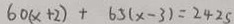
6 0 ( x + 2 ) + 6 5 ( x - 3 ) = 2 4 2 5